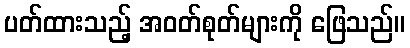
ပတ်ထားသည့် အဝတ်စုတ်များကို ဖြေသည်။